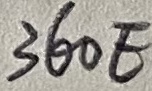
Text: 360E